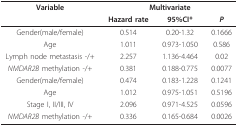
<table><thead><tr><td><b>Variable</b></td><td colspan="3"><b>Multivariate</b></td></tr><tr><td></td><td><b>Hazard rate</b></td><td><b>95%CI*</b></td><td><b><i>P</i></b></td></tr></thead><tbody><tr><td>Gender(male/female)</td><td>0.514</td><td>0.20-1.32</td><td>0.1666</td></tr><tr><td>Age</td><td>1.011</td><td>0.973-1.050</td><td>0.586</td></tr><tr><td>Lymph node metastasis -/+</td><td>2.257</td><td>1.136-4.464</td><td>0.02</td></tr><tr><td><i>NMDAR2B </i>methylation -/+</td><td>0.381</td><td>0.188-0.775</td><td>0.0077</td></tr><tr><td>Gender(male/female)</td><td>0.474</td><td>0.183-1.228</td><td>0.1241</td></tr><tr><td>Age</td><td>1.012</td><td>0.975-1.051</td><td>0.5196</td></tr><tr><td>Stage I, II/III, IV</td><td>2.096</td><td>0.971-4.525</td><td>0.0596</td></tr><tr><td><i>NMDAR2B </i>methylation -/+</td><td>0.336</td><td>0.165-0.684</td><td>0.0026</td></tr></tbody></table>